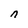
Character: n